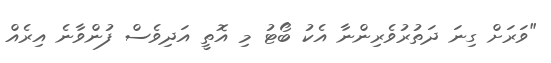
"ވަރަށް ގިނަ ދަތުރުވެރިންނާ އެކު ބޯޓު މި އޮތީ އަދިވެސް ފުންވާނެ އިރެއް